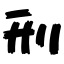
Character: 刑